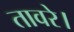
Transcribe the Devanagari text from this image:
तावरे।